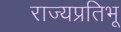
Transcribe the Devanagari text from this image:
राज्यप्रतिभू